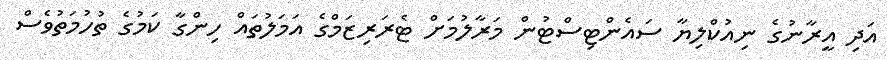
އަދި އީރާނުގެ ނިއުކްލިޔާ ސައެންޓިސްޓުން މަރާލުމަށް ޓެރަރިޒަމްގެ އަމަލުތައް ހިންގާ ކަމުގެ ތުހުމަތުވެސް